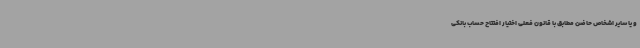
و یا سایر اشخاص حاضن مطابق با قانون فعلی اختیار افتتاح حساب بانکی